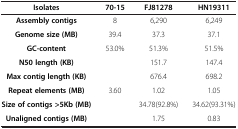
<table><thead><tr><td><b>Isolates</b></td><td><b>70-15</b></td><td><b>FJ81278</b></td><td><b>HN19311</b></td></tr></thead><tbody><tr><td><b>Assembly contigs</b></td><td>8</td><td>6,290</td><td>6,249</td></tr><tr><td><b>Genome size (MB)</b></td><td>39.4</td><td>37.3</td><td>37.1</td></tr><tr><td><b>GC-content</b></td><td>53.0%</td><td>51.3%</td><td>51.5%</td></tr><tr><td><b>N50 length (KB)</b></td><td> </td><td>151.7</td><td>147.4</td></tr><tr><td><b>Max contig length (KB)</b></td><td> </td><td>676.4</td><td>698.2</td></tr><tr><td><b>Repeat elements (MB)</b></td><td>3.60</td><td>1.02</td><td>1.05</td></tr><tr><td><b>Size of contigs &gt;5Kb (MB)</b></td><td> </td><td>34.78(92.8%)</td><td>34.62(93.31%)</td></tr><tr><td><b>Unaligned contigs (MB)</b></td><td> </td><td>1.75</td><td>0.83</td></tr></tbody></table>